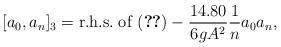
LaTeX: \begin{align*}[a_{0},a_{n}]_{3}={\rm r.h.s. \; of \;}(\ref{explicit})-{14.80 \over 6gA^{2}}{1 \over n}a_{0}a_{n},\end{align*}